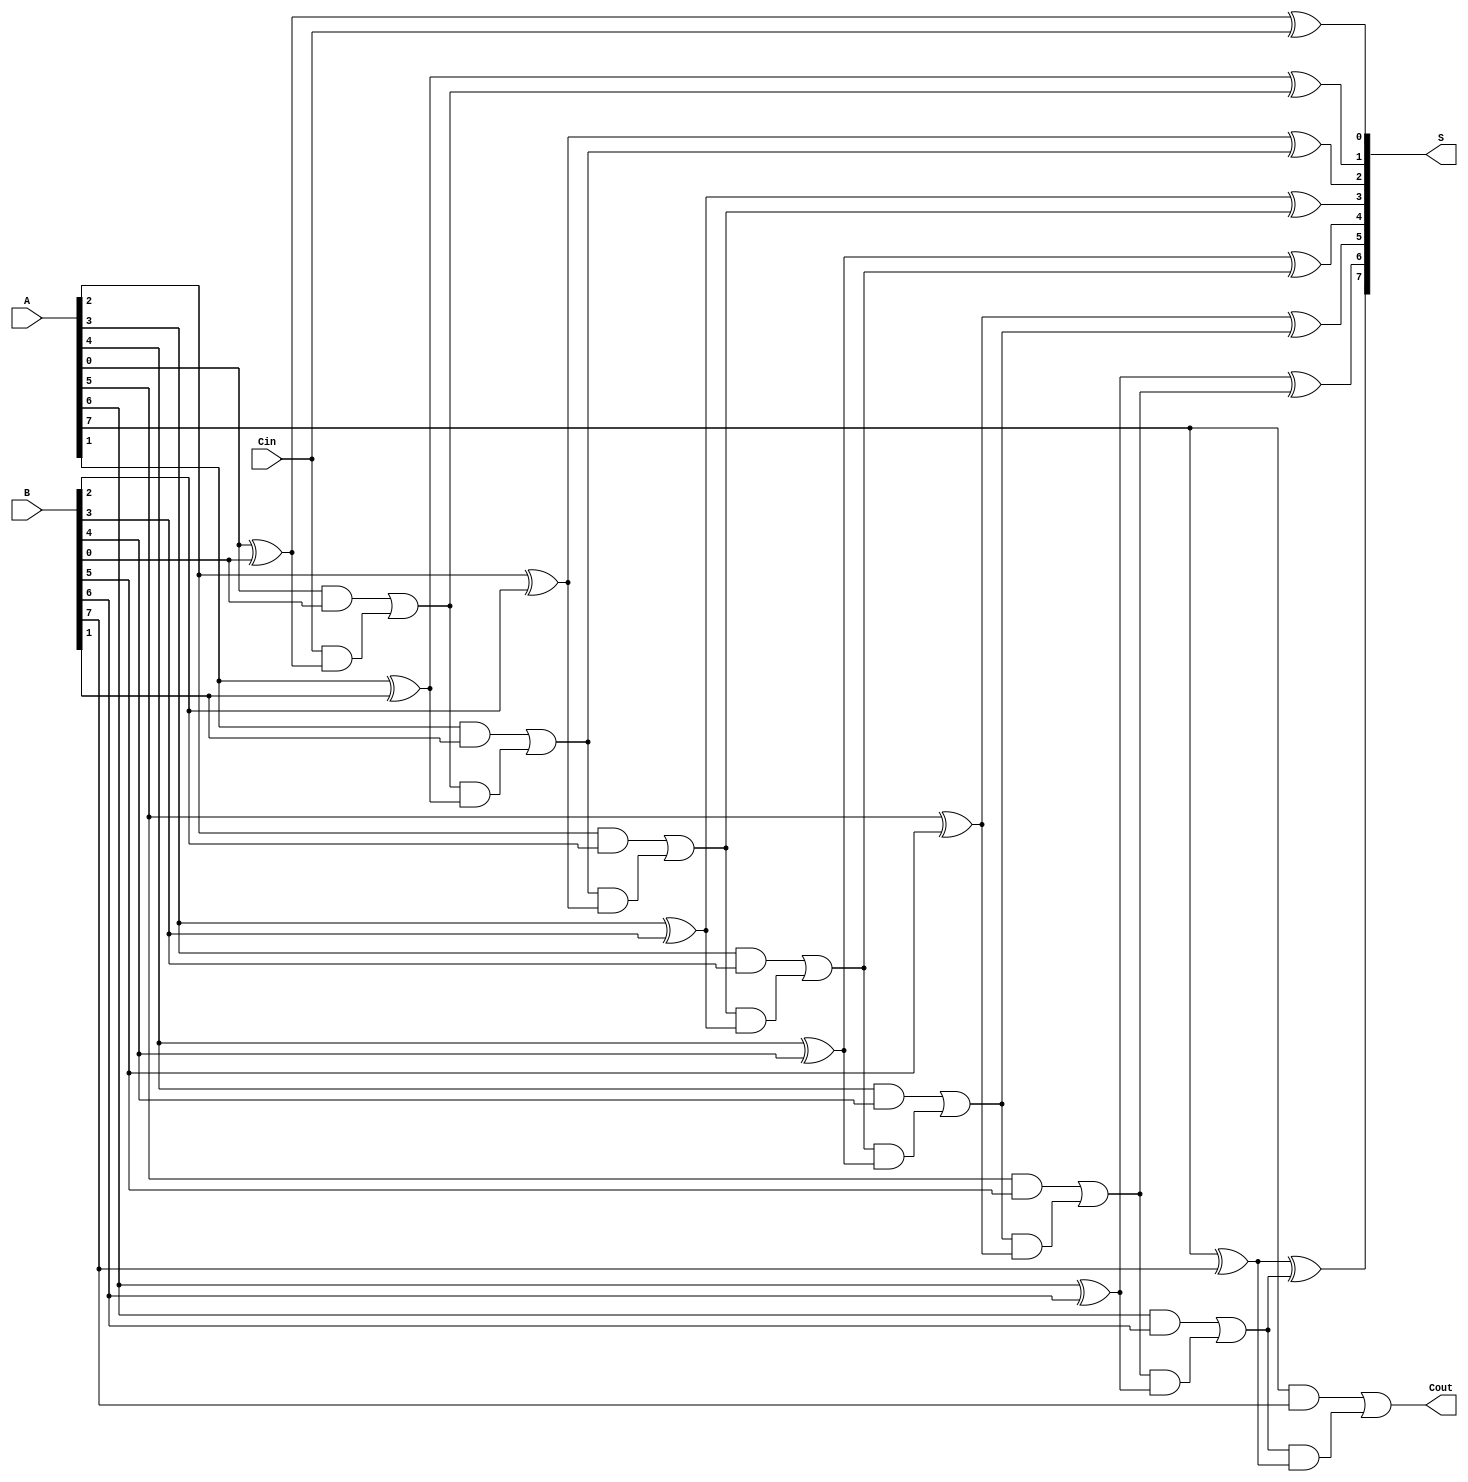
module PrecomputationCarryAdder #(
    parameter N = 8 // Bit width of the adder
) (
    input wire [N-1:0] A,      // First n-bit input
    input wire [N-1:0] B,      // Second n-bit input
    input wire Cin,             // Carry-in signal
    output wire [N-1:0] S,      // n-bit sum output
    output wire Cout            // Carry-out signal
);
    // Internal signals for carries
    wire [N:0] C; // Carry array, C[0] corresponds to Cin

    // Assign the carry-in to the initial carry
    assign C[0] = Cin;

    // Generate the sum and carry outputs
    genvar i;
    generate
        for (i = 0; i < N; i = i + 1) begin : PCA
            // Sum calculation
            assign S[i] = A[i] ^ B[i] ^ C[i];

            // Carry generation logic
            assign C[i + 1] = (A[i] & B[i]) | (C[i] & (A[i] ^ B[i]));
        end
    endgenerate

    // Final carry-out is the last carry generated
    assign Cout = C[N];

endmodule